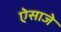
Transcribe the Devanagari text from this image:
ऐसाजे